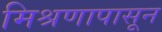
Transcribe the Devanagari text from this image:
मिश्रणापासून